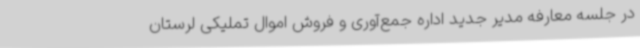
در جلسه معارفه مدیر جدید اداره جمع‌آوری و فروش اموال تملیکی لرستان